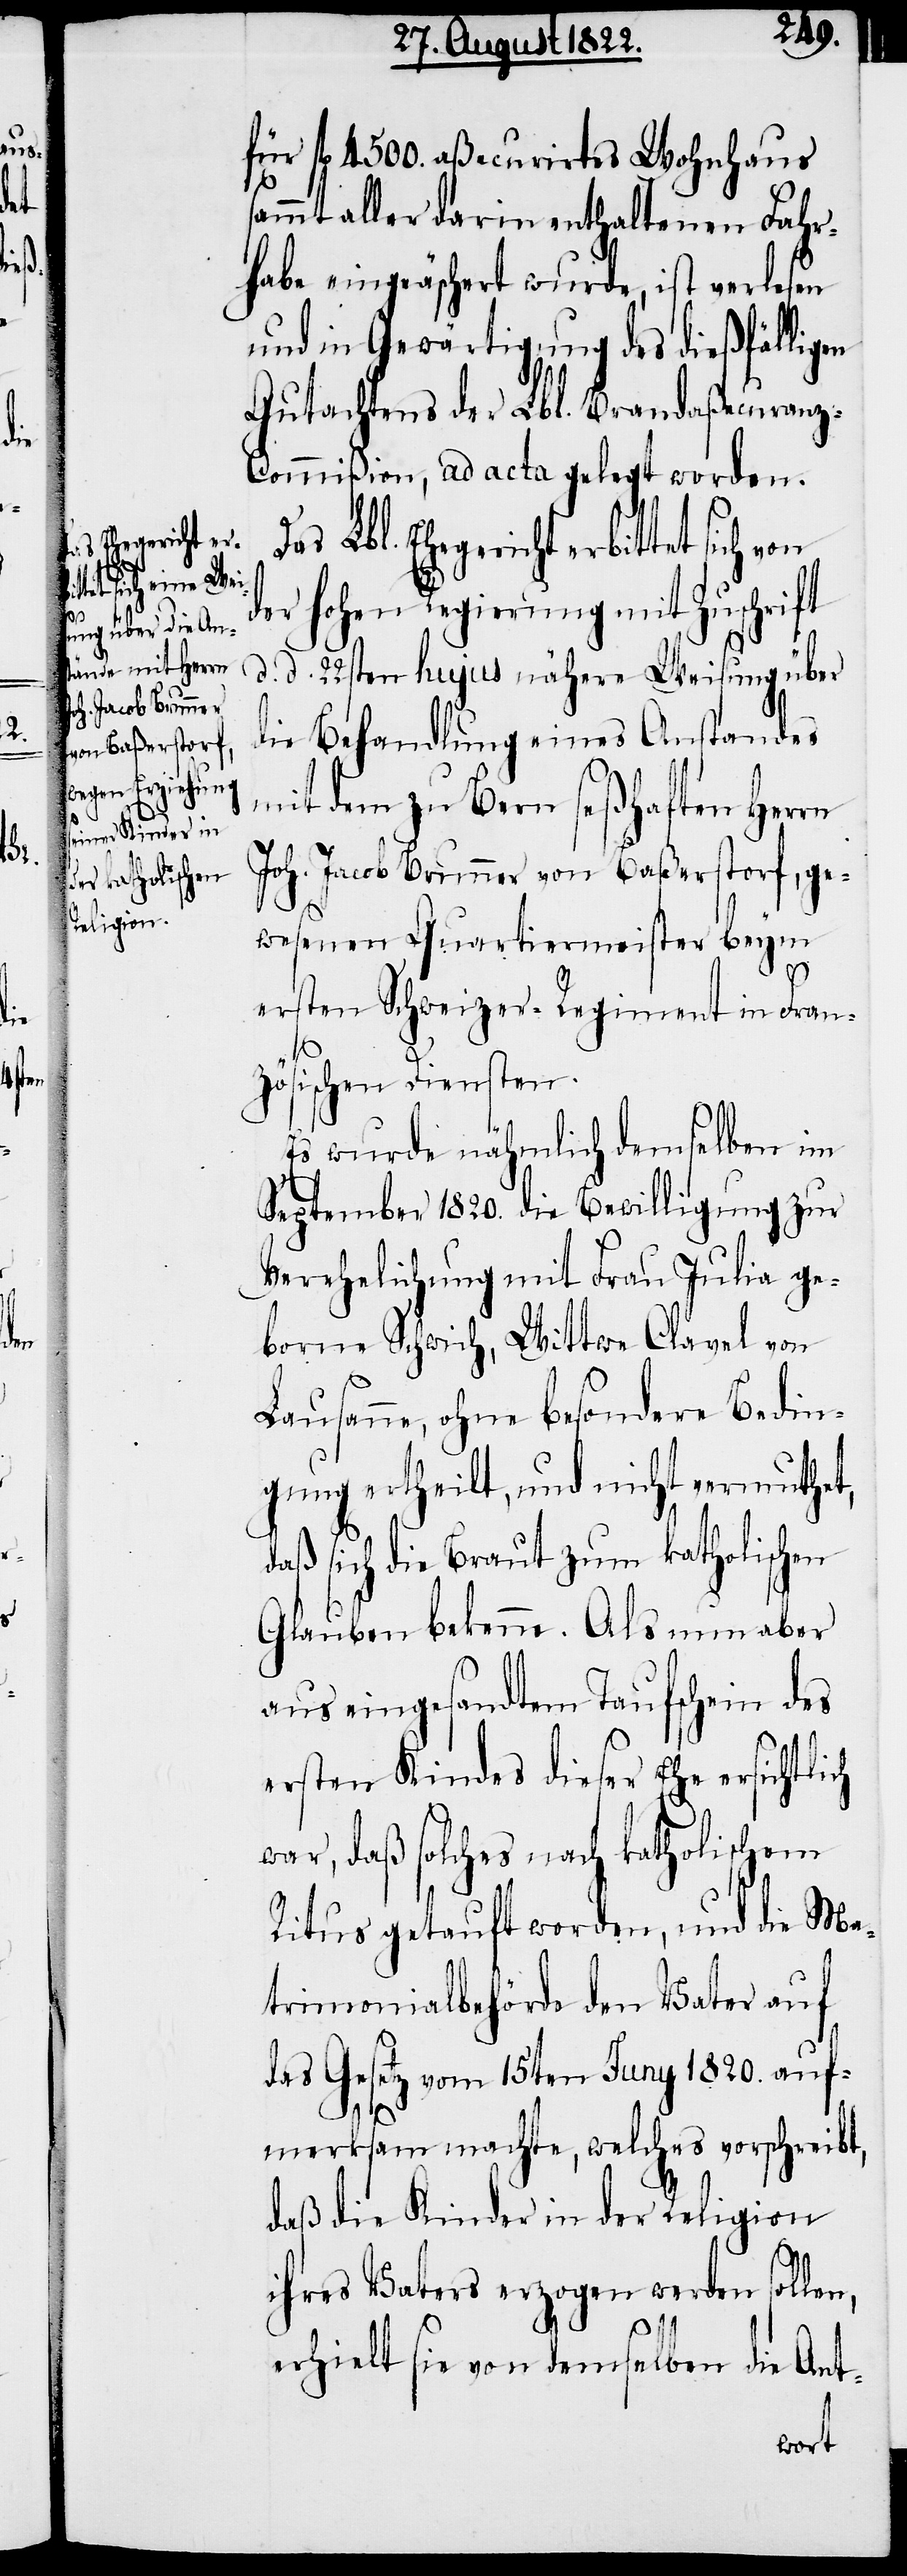
bittet

von
Das

Lbl. Ehegericht er¬

für fl. 4500. aßecurirtes Wohnhaus
ammt aller darin enthaltenen Fahr¬
habe eingeäschert wurde, ist verlesen
und in Gewärtigung des dießfäligen
Gutachtens der Lbl. Brandaßecuranz-C¬
ommißion, ad acta gelegt worden.
der Hohen Regierung mit Zuschrift
d. d. 22sten hujus nähere Weisung über
die Behandlung eines Anstandes
mit dem zu Bern seßhaften Herrn
Joh. Jacob Brunner von Baßerstorf, ge¬
wesenen Quartiermeister beym
ersten Schweizer-Regiment in Fran¬
zösischen Diensten.
Es wurde nähmlich demselben im
September 1820. die Bewilligung zur
Verehelichung mit Frau Julia ge¬
borene Schwich, Wittwe Clavel von
Lausanne, ohne besondere Bedin¬
gung ertheilt, und nicht vermuthet,
daß sich die Braut zum katholischen
Glauben bekenne. Als nun aber
aus eingesandtem Taufschein des
ersten Kindes dieser Ehe ersichtlich
war, daß solches nach katholischem
Ritus getauft worden, und die Ma¬
trimonialbehörde den Vater auf
das Gesetz vom 15ten Juny 1820. auf¬
merksam machte, welches vorschreibt,
daß die Kinder in der Religion
ihres Vaters erzogen werden sollen,
erhielt sie von demselben die Ant-